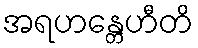
အရဟန္တေဟီတိ